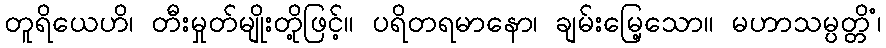
တူရိယေဟိ၊ တီးမှုတ်မျိုးတို့ဖြင့်။ ပရိတရမာနော၊ ချမ်းမြေ့သော။ မဟာသမ္ပတ္တိံ၊